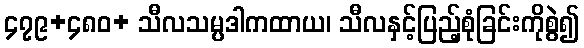
၄၇၉+၄၈၀+ သီလသမ္ပဒါကထာယ၊ သီလနှင့်ပြည့်စုံခြင်းကိုစွဲ၍